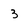
Character: 3